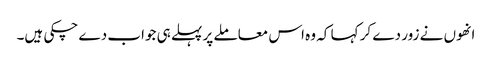
انھوں نے زور دے کر کہا کہ وہ اس معاملے پر پہلے ہی جواب دے چکی ہیں۔